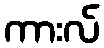
ကားလ်